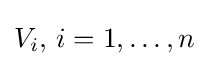
V_{i},\,i=1,\ldots ,n